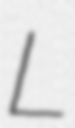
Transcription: L